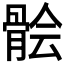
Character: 𩩈